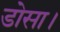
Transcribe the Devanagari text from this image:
डोसा।